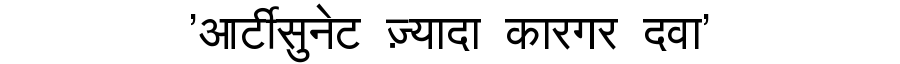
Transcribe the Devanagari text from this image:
'आर्टीसुनेट ज़्यादा कारगर दवा'